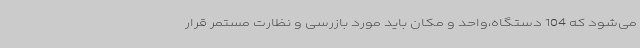
می‌شود که 104 دستگاه،واحد و مکان باید مورد بازرسی و نظارت مستمر قرار